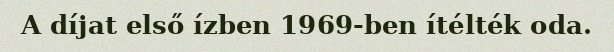
A díjat első ízben 1969-ben ítélték oda.